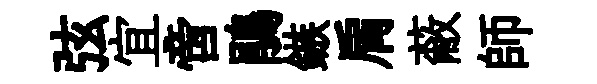
弦宜啻鵑鏃肩蔽師